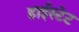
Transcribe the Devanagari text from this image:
हाईस्टेट